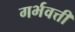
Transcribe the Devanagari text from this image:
गर्भवत्ती